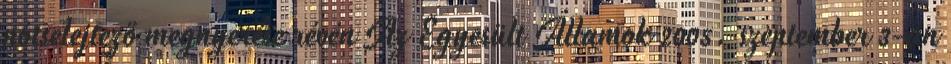
pótselejtező megnyerése révén Az Egyesült Államok 2005. szeptember 3-án